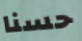
حسنا